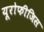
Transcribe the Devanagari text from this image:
यूरोफीजिस